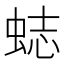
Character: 𧋺